Juri_Uluots, lk 20
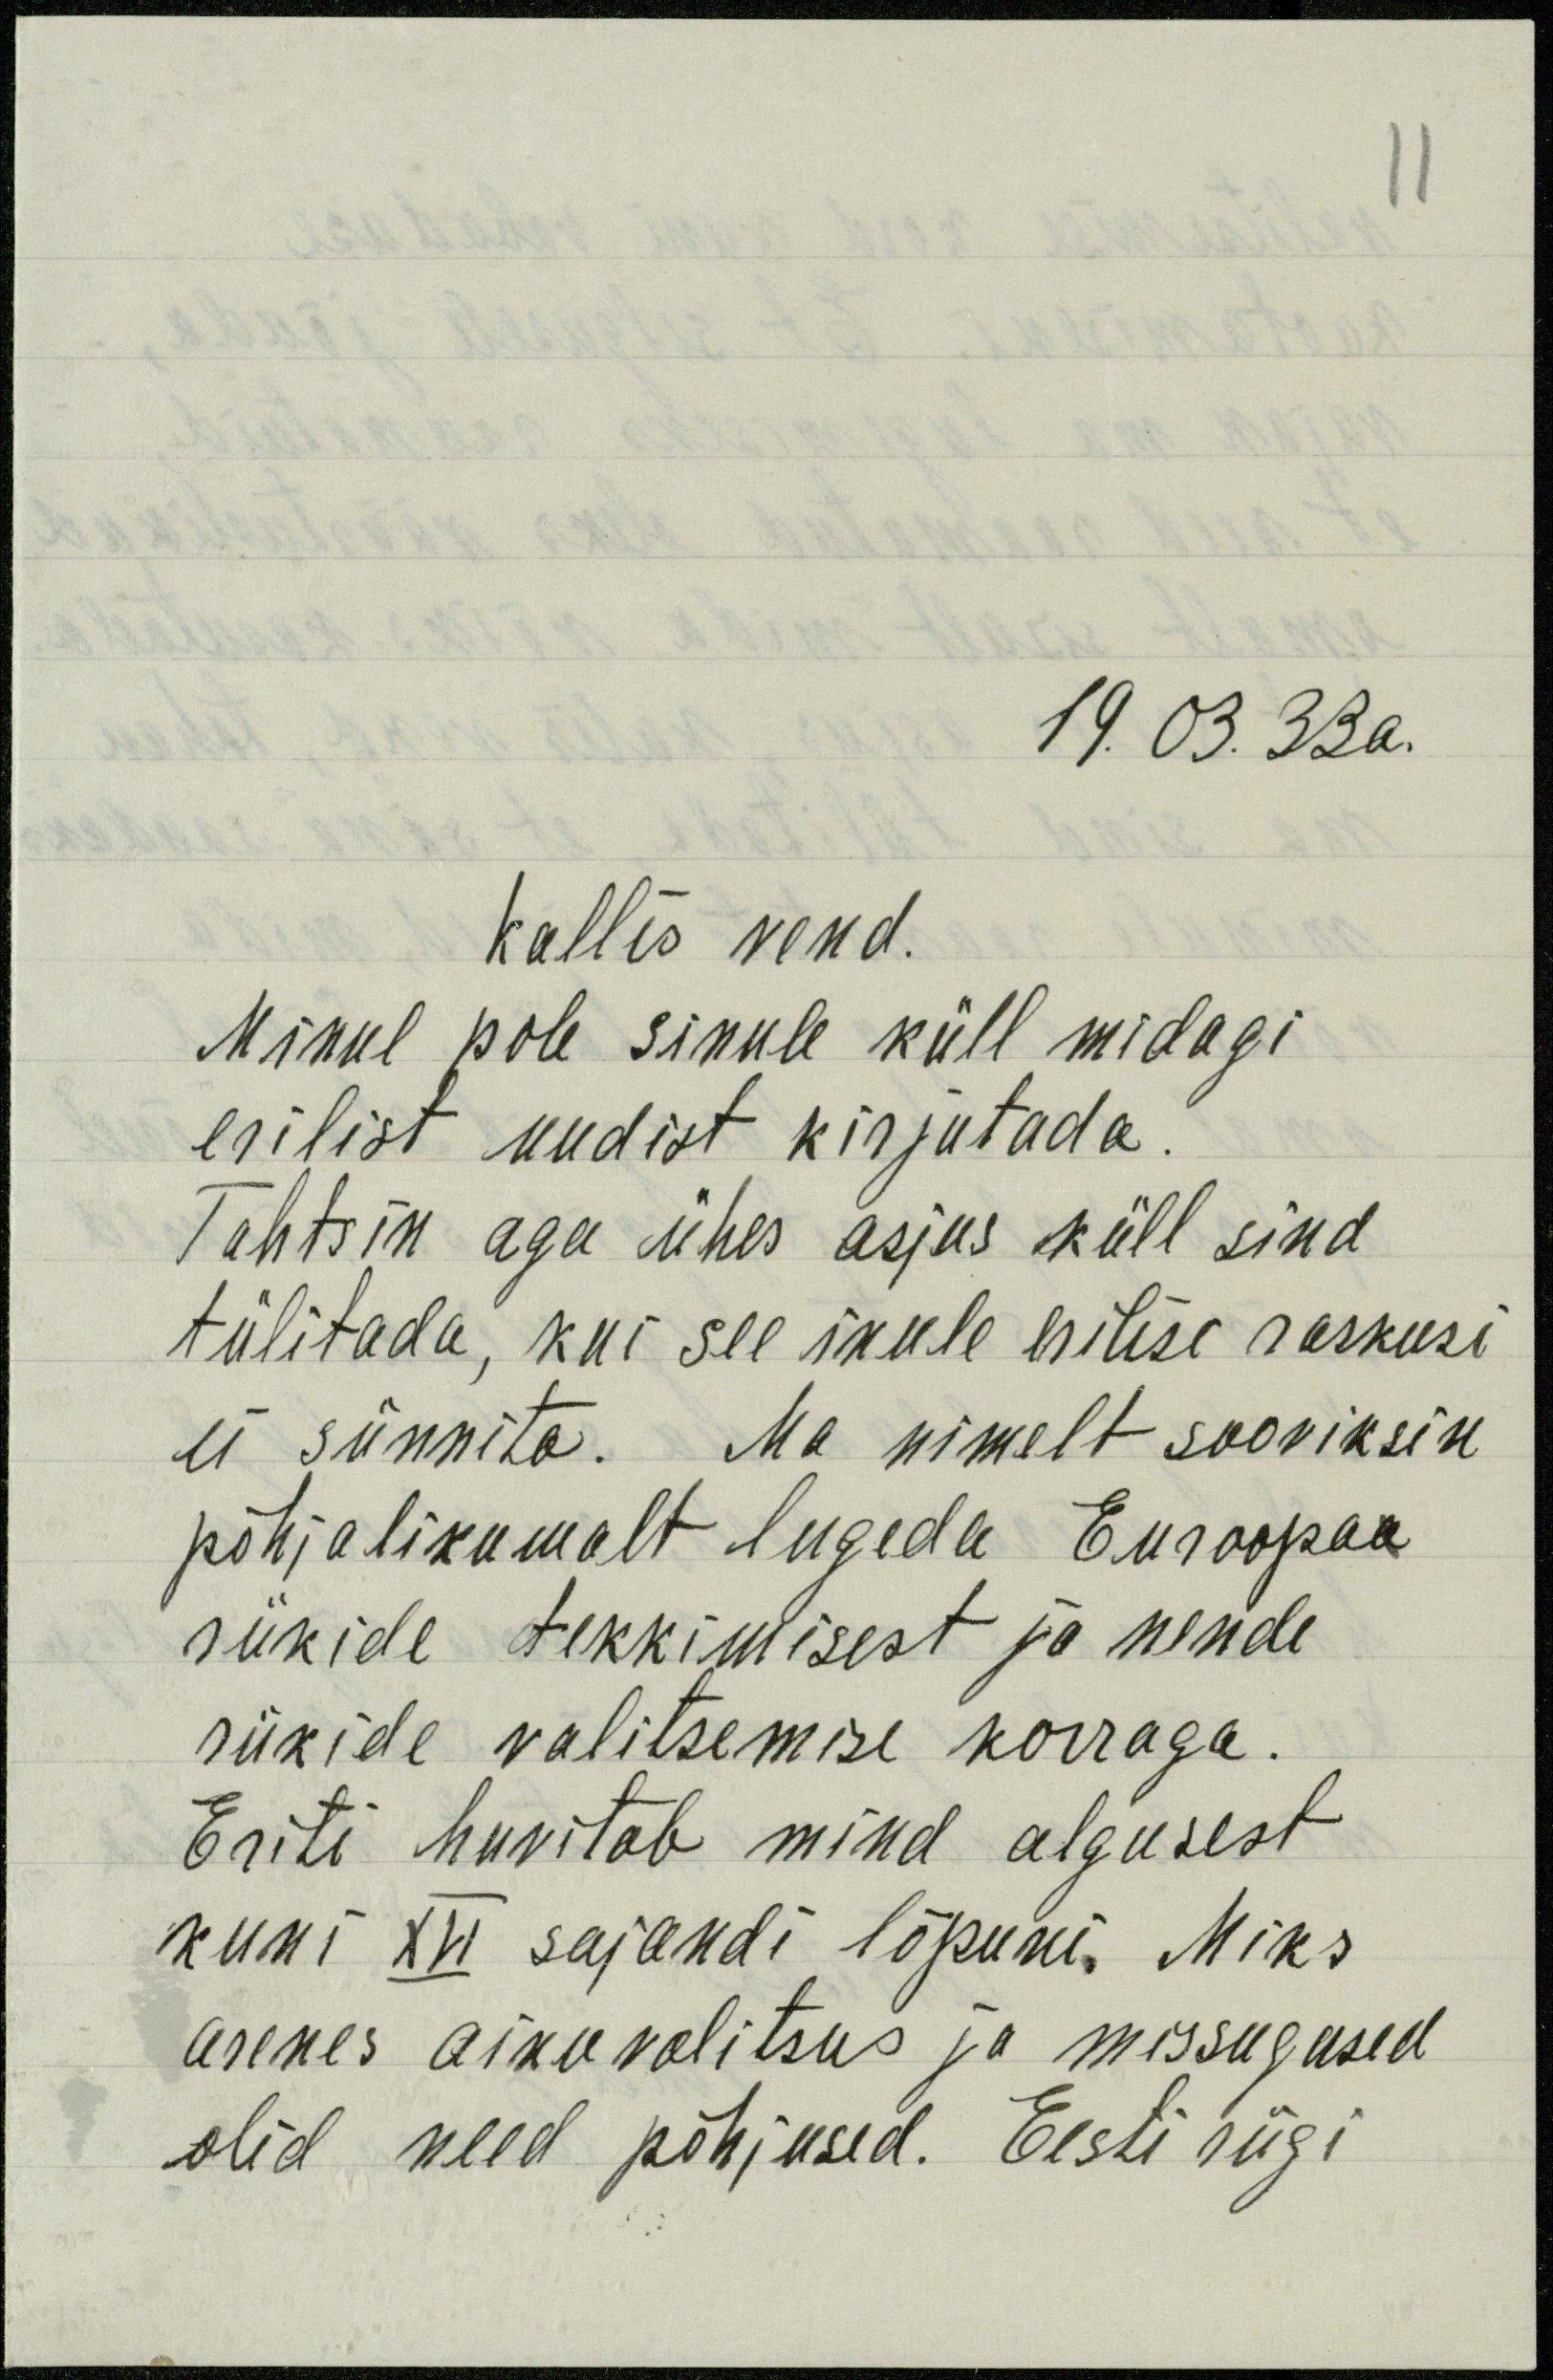
19.03.33a.
Kallis vend.
Minul pole sinule küll midagi
erilist uudist kirjutada.
Tahtsin aga ühes asjus küll sind
tülitada, kui see sinule hilisi raskusi
ei sünnita. Ma nimelt sooviksin
põhjalikumalt lugeda Euroopaa
riikide tekkimisest ja nende
riikide valitsemise korraga.
Eriti huvitab mind algusest
kuni XVI sajandi lõpuni. Miks
arenes ainuvalitsus ja missugused
olid need põhjused. Eesti riigi